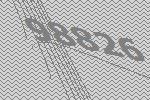
98826